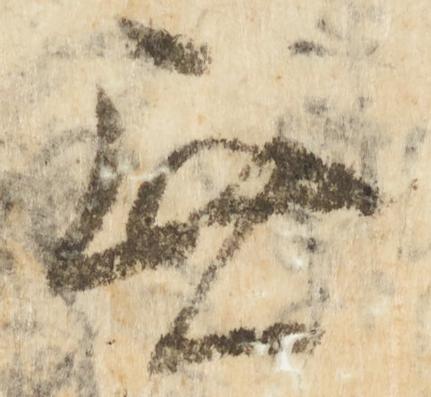
無